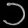
Digit: ၁